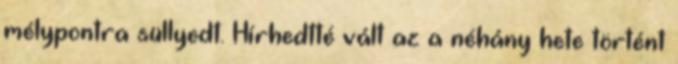
mélypontra süllyedt. Hírhedtté vált az a néhány hete történt